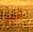
غير